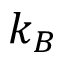
k _ { B }